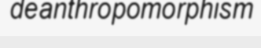
deanthropomorphism